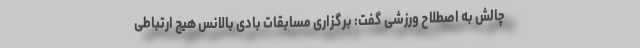
چالش به اصطلاح ورزشی گفت: برگزاری مسابقات بادی بالانس هیچ ارتباطی